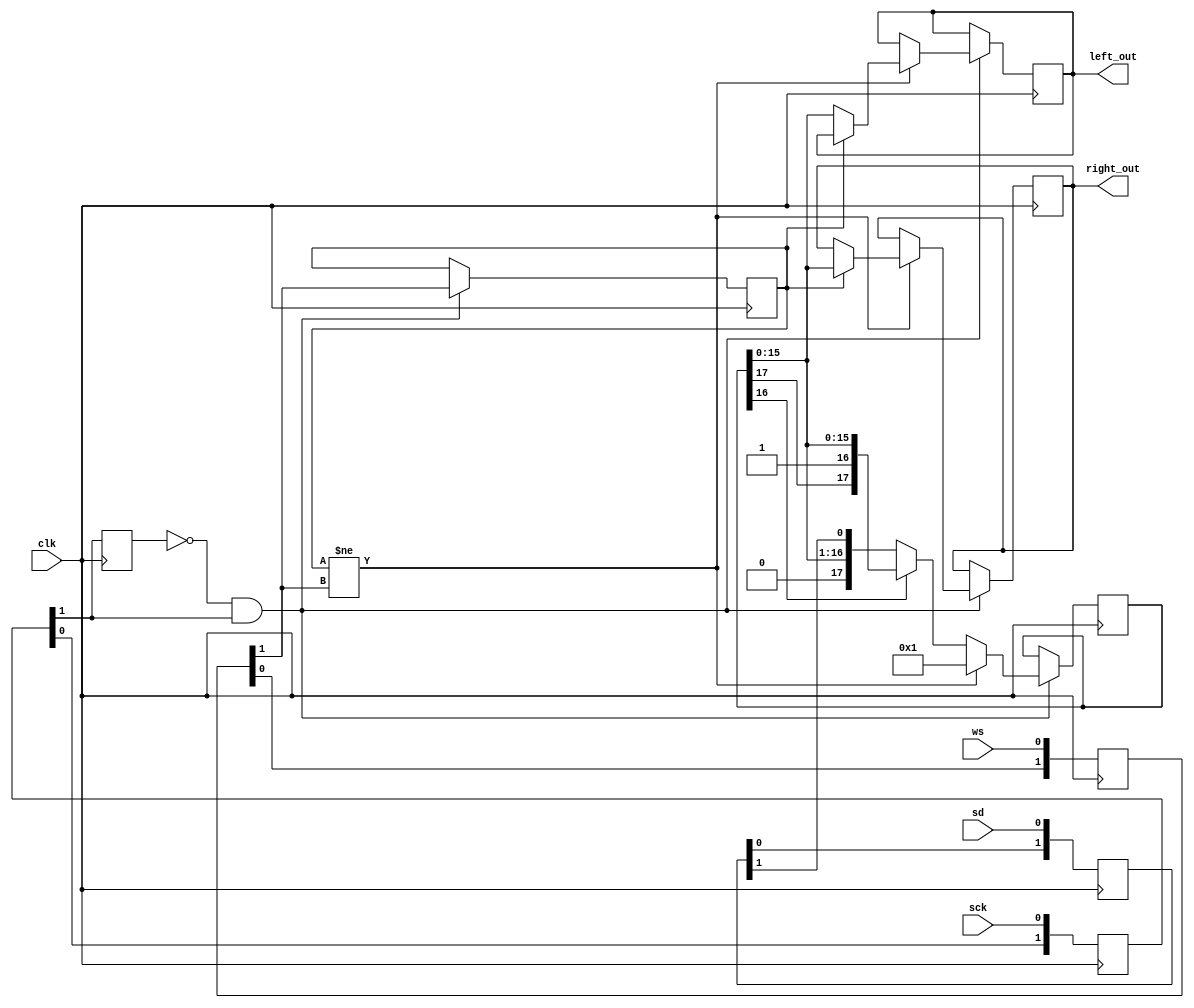
`timescale 1ns / 1ps
`default_nettype none

//    This file is part of the ZXUNO Spectrum core. 
//    Creation date is 08:50:32 2019-07-31 by Miguel Angel Rodriguez Jodar
//    (c)2014-2020 ZXUNO association.
//    ZXUNO official repository: http://svn.zxuno.com/svn/zxuno
//    Username: guest   Password: zxuno
//    Github repository for this core: https://github.com/mcleod-ideafix/zxuno_spectrum_core
//
//    ZXUNO Spectrum core is free software: you can redistribute it and/or modify
//    it under the terms of the GNU General Public License as published by
//    the Free Software Foundation, either version 3 of the License, or
//    (at your option) any later version.
//
//    ZXUNO Spectrum core is distributed in the hope that it will be useful,
//    but WITHOUT ANY WARRANTY; without even the implied warranty of
//    MERCHANTABILITY or FITNESS FOR A PARTICULAR PURPOSE.  See the
//    GNU General Public License for more details.
//
//    You should have received a copy of the GNU General Public License
//    along with the ZXUNO Spectrum core.  If not, see <https://www.gnu.org/licenses/>.
//
//    Any distributed copy of this file must keep this notice intact.

module i2s_decoder (
  input wire clk,
  input wire sck,
  input wire ws,
  input wire sd,
  output reg [15:0] left_out,
  output reg [15:0] right_out
  );
  
  reg [1:0] sck_synch = 2'b00, ws_synch = 2'b00, sd_synch = 2'b00;
  wire scks = sck_synch[1], wss = ws_synch[1], sds = sd_synch[1];
  reg scks_prev = 1'b0, wss_prev = 1'b0;
  reg [17:0] sreg = 17'b0_0000_0000_0000_0001;
  
  always @(posedge clk) begin
    // sincronizar seales de entrada
    sck_synch[1] <= sck_synch[0];
    sck_synch[0] <= sck;
    ws_synch[1] <= ws_synch[0];
    ws_synch[0] <= ws;
    sd_synch[1] <= sd_synch[0];
    sd_synch[0] <= sd;
    
    scks_prev <= scks;
    if (scks_prev == 1'b0 && scks == 1'b1) begin  // flanco positivo de SCK
      wss_prev <= wss;
      if (wss_prev != wss) begin // ha ocurrido flanco en WS ?
        if (wss_prev == 1'b0)
          left_out <= sreg[15:0];
        else
          right_out <= sreg[15:0];
        sreg <= 17'b0_0000_0000_0000_0001;
      end      
      else begin
        if (sreg[16] == 1'b0) begin
          sreg <= {sreg[15:0], sds};
        end
      end
    end
  end
endmodule